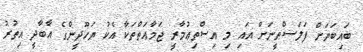
ބައިބަޔަށް ފަލަސްޠީނަށް އައި މި އިސްތިޢުމާރީ ޖަމާޢަތްތަކާ އެކު ޔަހޫދީންގެ އާބާދީ އިތުރު